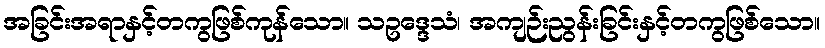
အခြင်းအရာနှင့်တကွဖြစ်ကုန်သော။ သဥဒ္ဒေသံ၊ အကျဉ်းညွန်းခြင်းနှင့်တကွဖြစ်သော။